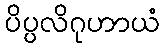
ပိပ္ပလိဂုဟာယံ